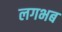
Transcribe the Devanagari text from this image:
लगभब